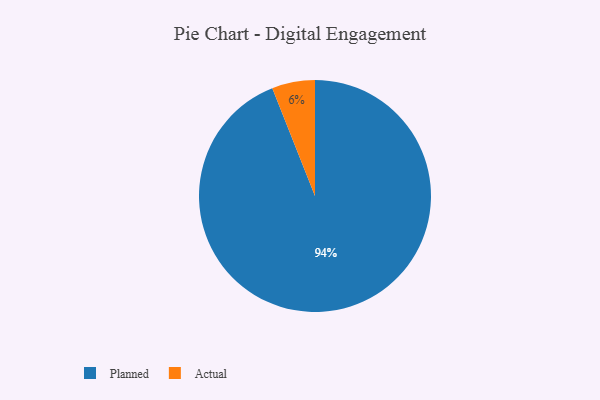
{"axis": {"x": "Category", "y": "Percentage"}, "legend": ["Actual", "Planned"], "data": [{"x": "Actual", "y": 6, "type": "Actual"}, {"x": "Planned", "y": 94, "type": "Planned"}]}